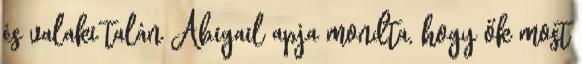
és valaki talán Abigail apja mondta, hogy ők most